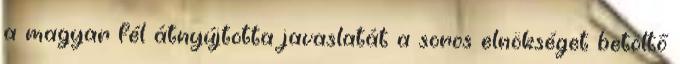
a magyar fél átnyújtotta javaslatát a soros elnökséget betöltő